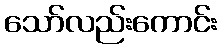
သော်လည်းကောင်း